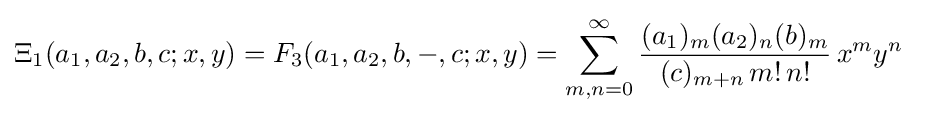
\Xi _{1}(a_{1},a_{2},b,c;x,y)=F_{3}(a_{1},a_{2},b,-,c;x,y)=\sum _{m,n=0}^{\infty }{\frac {(a_{1})_{m}(a_{2})_{n}(b)_{m}}{(c)_{m+n}\,m!\,n!}}\,x^{m}y^{n}~